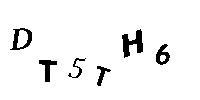
DT5TH6